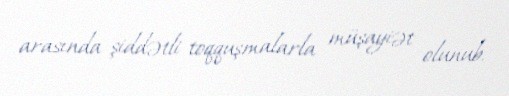
arasında şiddətli toqquşmalarla müşayiət olunub.